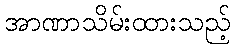
အာဏာသိမ်းထားသည့်